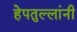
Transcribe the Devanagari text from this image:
हेपतुल्लांनी